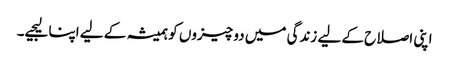
اپنی اصلاح کے لیے زندگی میں دو چیزوں کو ہمیشہ کے لیے اپنا لیجیے۔